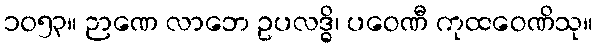
၁၀၅၃။ ဉာဏေ လာဘေ ဥပလဒ္ဓိ၊ ပဝေဏီ ကုထဝေဏိသု။